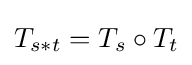
T_{s*t}=T_{s}\circ T_{t}